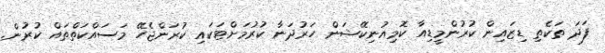
ފަދަ ތަކެތި ޑިޒައިން ކުރުންމީޑިއާ ކޮމިއުނިކޭޝަން ހަރުދަނާ ކުރުމަށްޓަކައި ކުރަންޖެހޭ މަސައްކަތްތައް ކުރުން.